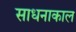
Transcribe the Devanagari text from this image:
साधनाकाल